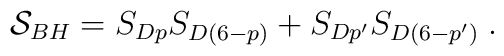
{\cal S}_{BH}=S_{Dp}S_{D(6-p)}+S_{Dp'}S_{D(6-p')} \; .